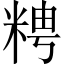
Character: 𥺒